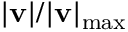
\lvert \mathbf { v } \rvert / \lvert \mathbf { v } \rvert _ { \mathrm { m a x } }